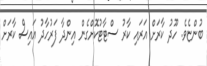
ބުންޏެވެ. ހޫދު ކާރަށް އަރައި ކާރު ސްޓާޓުކޮށްގެން އިންދާ ފަރުހާދު އައިސް ކާރަށް